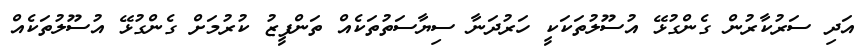
އަދި ސަރުކާރުން ގެންގުޅޭ އުސޫލުތަކަކީ ހަރުދަނާ ސިޔާސަތުތަކެއް ތަންފީޒު ކުރުމަށް ގެންގުޅޭ އުސޫލުތަކެއް